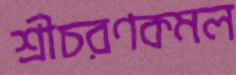
শ্রীচরণকমল